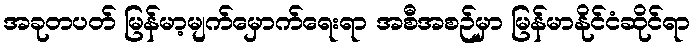
အခုတပတ် မြန်မာ့မျက်မှောက်ရေးရာ အစီအစဉ်မှာ မြန်မာနိုင်ငံဆိုင်ရာ